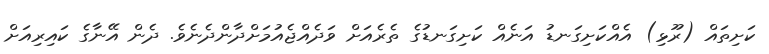
ކަށިތައް (ރޫޅި) އެއްކަށިގަނޑު އަނެއް ކަށިގަނޑުގެ ތެރެއަށް ވަދެއްޖެއުމަށްދާންދެނެވެ. ދެން އޭނާގެ ކައިރިއަށް